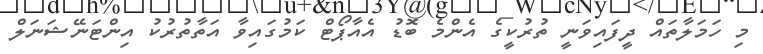
މި ހަމަލާތައް ދީފައިވަނީ ތުރުކީގެ އެންމެ ބޮޑު އެއާޕޯޓް ކަމުގައިވާ އަތާތުރުކު އިންޓަނޭޝަނަލް